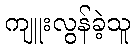
ကျူးလွန်ခဲ့သူ